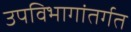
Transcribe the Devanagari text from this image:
उपविभागांतर्गत